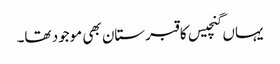
یہاں گنچیس کا قبرستان بھی موجود تھا۔